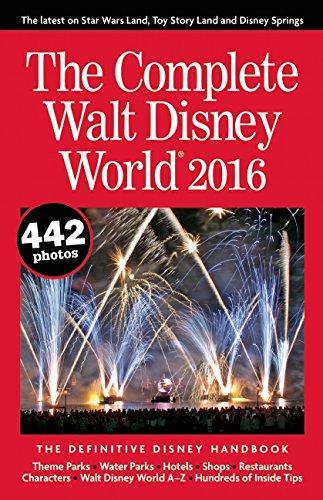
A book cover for The Complete Walt Disney World 2016: The Definitive Disney Handbook; Julie Neal; Parenting & Relationships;